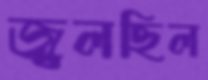
জ্বলছিল